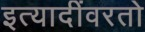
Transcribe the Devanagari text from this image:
इत्यादींवरतो